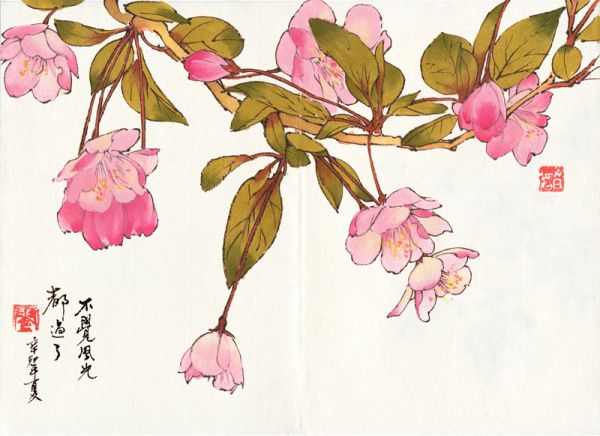
松树千年终是朽，槿花一日自为荣。